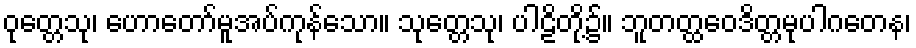
ဝုတ္တေသု၊ ဟောတော်မူအပ်ကုန်သော။ သုတ္တေသု၊ ပါဠိတို့၌။ ဘူတတ္ထဝေဒိတ္တမုပါဂတေန၊